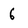
Character: 6